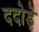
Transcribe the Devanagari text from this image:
ददोड़े